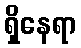
ရှိနေရာ